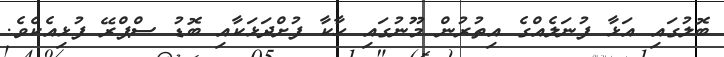
ބޮލުގައި އަޅާ ފުނަލެއްގެ އިތުރުން މޫނުގައި ހާކާ ފުށްދަޅަކާއި ބޮޑު ސްޕްރޭ ފުޅިއެކެވެ.